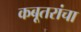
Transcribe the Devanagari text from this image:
कबूतरांचा